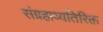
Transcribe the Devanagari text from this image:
संग्रहाव्यतिरिक्त